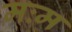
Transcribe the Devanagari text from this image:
मःम